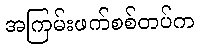
အကြမ်းဖက်စစ်တပ်က